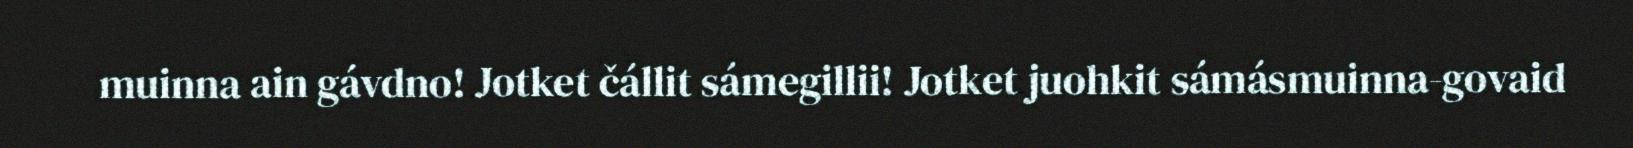
muinna ain gávdno! Jotket čállit sámegillii! Jotket juohkit sámásmuinna-govaid